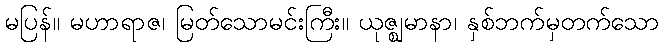
မပြန်။ မဟာရာဇ၊ မြတ်သောမင်းကြီး။ ယုဇ္ဈမာနာ၊ နှစ်ဘက်မှတက်သော